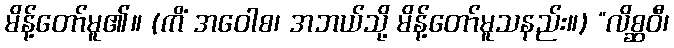
မိန့်တော်မူ၏။ (ကိံ အဝေါစ၊ အဘယ်သို့ မိန့်တော်မူသနည်း။) “လိစ္ဆဝီ၊